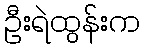
ဦးရဲထွန်းက